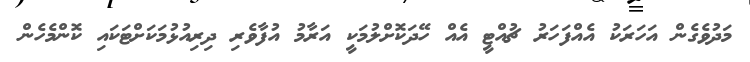
މަދުވެގެން އަހަރަކު އެއްފަހަރު ޗުއްޓީ އެއް ހޭދަކޮށްލުމަކީ އަރާމު އުފާވެރި ދިރިއުޅުމަކަށްޓަކައި ކޮންމެހެން